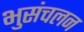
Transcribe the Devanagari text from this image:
भुसंचलन